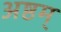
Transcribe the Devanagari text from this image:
अष्ठम्‌